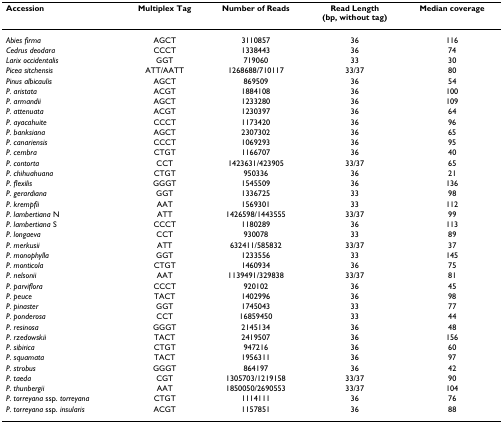
<table><thead><tr><td><b>Accession</b></td><td><b>Multiplex Tag</b></td><td><b>Number of Reads</b></td><td><b>Read Length(bp, without tag)</b></td><td><b>Median coverage</b></td></tr></thead><tbody><tr><td><i>Abies firma</i></td><td>AGCT</td><td>3110857</td><td>36</td><td>116</td></tr><tr><td><i>Cedrus deodara</i></td><td>CCCT</td><td>1338443</td><td>36</td><td>74</td></tr><tr><td><i>Larix occidentalis</i></td><td>GGT</td><td>719060</td><td>33</td><td>30</td></tr><tr><td><i>Picea sitchensis</i></td><td>ATT/AATT</td><td>1268688/710117</td><td>33/37</td><td>80</td></tr><tr><td><i>Pinus albicaulis</i></td><td>AGCT</td><td>869509</td><td>36</td><td>54</td></tr><tr><td><i>P. aristata</i></td><td>ACGT</td><td>1884108</td><td>36</td><td>100</td></tr><tr><td><i>P. armandii</i></td><td>AGCT</td><td>1233280</td><td>36</td><td>109</td></tr><tr><td><i>P. attenuata</i></td><td>ACGT</td><td>1230397</td><td>36</td><td>64</td></tr><tr><td><i>P. ayacahuite</i></td><td>CCCT</td><td>1173420</td><td>36</td><td>96</td></tr><tr><td><i>P. banksiana</i></td><td>AGCT</td><td>2307302</td><td>36</td><td>65</td></tr><tr><td><i>P. canariensis</i></td><td>CCCT</td><td>1069293</td><td>36</td><td>95</td></tr><tr><td><i>P. cembra</i></td><td>CTGT</td><td>1166707</td><td>36</td><td>40</td></tr><tr><td><i>P. contorta</i></td><td>CCT</td><td>1423631/423905</td><td>33/37</td><td>65</td></tr><tr><td><i>P. chihuahuana</i></td><td>CTGT</td><td>950336</td><td>36</td><td>21</td></tr><tr><td><i>P. flexilis</i></td><td>GGGT</td><td>1545509</td><td>36</td><td>136</td></tr><tr><td><i>P. gerardiana</i></td><td>GGT</td><td>1336725</td><td>33</td><td>98</td></tr><tr><td><i>P. krempfii</i></td><td>AAT</td><td>1569301</td><td>33</td><td>112</td></tr><tr><td><i>P. lambertiana </i>N</td><td>ATT</td><td>1426598/1443555</td><td>33/37</td><td>99</td></tr><tr><td><i>P. lambertiana </i>S</td><td>CCCT</td><td>1180289</td><td>36</td><td>113</td></tr><tr><td><i>P. longaeva</i></td><td>CCT</td><td>930078</td><td>33</td><td>89</td></tr><tr><td><i>P. merkusii</i></td><td>ATT</td><td>632411/585832</td><td>33/37</td><td>37</td></tr><tr><td><i>P. monophylla</i></td><td>GGT</td><td>1233556</td><td>33</td><td>145</td></tr><tr><td><i>P. monticola</i></td><td>CTGT</td><td>1460934</td><td>36</td><td>75</td></tr><tr><td><i>P. nelsonii</i></td><td>AAT</td><td>1139491/329838</td><td>33/37</td><td>81</td></tr><tr><td><i>P. parviflora</i></td><td>CCCT</td><td>920102</td><td>36</td><td>45</td></tr><tr><td><i>P. peuce</i></td><td>TACT</td><td>1402996</td><td>36</td><td>98</td></tr><tr><td><i>P. pinaster</i></td><td>GGT</td><td>1745043</td><td>33</td><td>77</td></tr><tr><td><i>P. ponderosa</i></td><td>CCT</td><td>16859450</td><td>33</td><td>44</td></tr><tr><td><i>P. resinosa</i></td><td>GGGT</td><td>2145134</td><td>36</td><td>48</td></tr><tr><td><i>P. rzedowskii</i></td><td>TACT</td><td>2419507</td><td>36</td><td>156</td></tr><tr><td><i>P. sibirica</i></td><td>CTGT</td><td>947216</td><td>36</td><td>60</td></tr><tr><td><i>P. squamata</i></td><td>TACT</td><td>1956311</td><td>36</td><td>97</td></tr><tr><td><i>P. strobus</i></td><td>GGGT</td><td>864197</td><td>36</td><td>42</td></tr><tr><td><i>P. taeda</i></td><td>CGT</td><td>1305703/1219158</td><td>33/37</td><td>90</td></tr><tr><td><i>P. thunbergii</i></td><td>AAT</td><td>1850050/2690553</td><td>33/37</td><td>104</td></tr><tr><td><i>P. torreyana </i>ssp. <i>torreyana</i></td><td>CTGT</td><td>1114111</td><td>36</td><td>76</td></tr><tr><td><i>P. torreyana </i>ssp. <i>insularis</i></td><td>ACGT</td><td>1157851</td><td>36</td><td>88</td></tr></tbody></table>